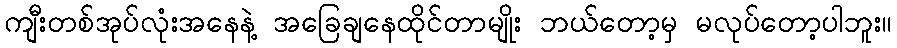
ကျီးတစ်အုပ်လုံးအနေနဲ့ အခြေချနေထိုင်တာမျိုး ဘယ်တော့မှ မလုပ်တော့ပါဘူး။